Civil Veterinary Dept. Bombay admin report 1907-1913 - 1907-1913
Year: 1907
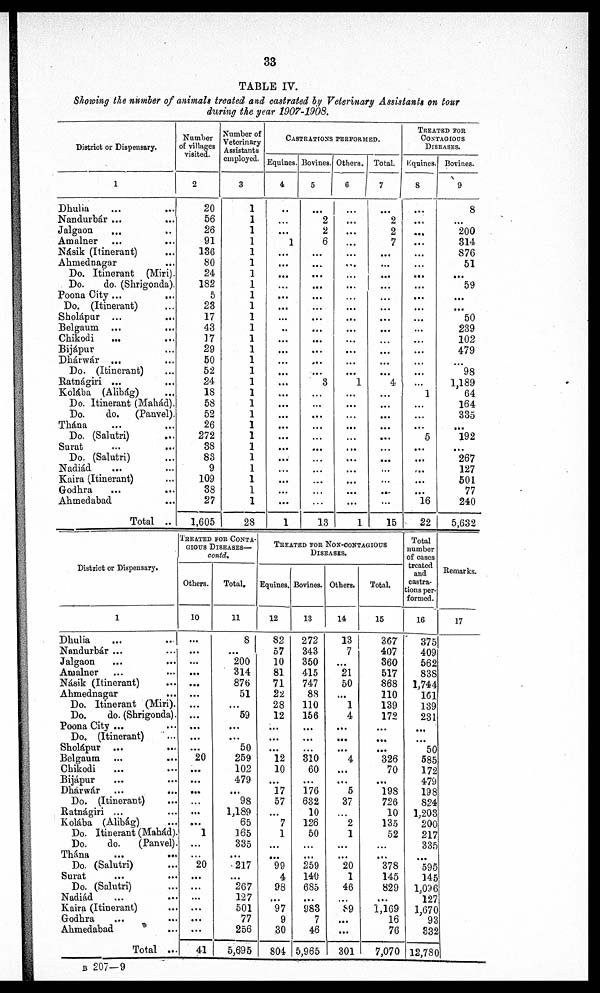
33
TABLE IV.
Showing the number of animals treated and castrated by Veterinary Assistants on tour
during the year 1907-1908.
District or Dispensary.
1
Dhulia ... ...
Nandurbár ... ...
Jalgaon ... ...
Amalner ... ...
Násik (Itinerant) ...
Ahmednagar
Do. Itinerant (Miri).
Do.
do. (Shrigonda).
Poona City ...
Do. (Itinerant)
Sholapur
Belgaum ...
...
Chikodi
... ...
Bijápur ...
Dhárwár ... ...
Do. (Itinerant)
Ratnágiri ...
Kolába (Alibág) ...
Do. Itinerant (Mahád).
Do.
do.
(Panvel).
Thána ... ...
Do. (Salutri) ...
Surat ... ...
Do. (Salutri) ...
Nadiád
... ...
Kaira (Itinerant)
Godhra
...
...
Ahmedabad ...
Total ...
Number
of villages
visited.
2
20
56
26
91
136
80
24
182
5
23
17
43
17
29
50
52
24
18
58
52
26
272
38
83
9
109
38
27
1,605
Number of
Veterinary
Assistants
employed.
3
1
1
1
1
1
1
1
1
1
1
1
1
1
1
1
1
1
1
1
1
1
1
1
1
1
1
1
1
28
CASTRATIONS PERFORMED.
Equines.
4
...
...
...
1
...
...
...
...
...
...
...
...
...
...
...
...
...
...
...
...
...
...
...
...
...
...
...
...
1
Bovines.
5
...
2
2
6
...
...
...
...
...
...
...
...
...
...
...
...
3
...
...
...
...
...
...
...
...
...
...
13
Others.
6
...
. . .
...
...
...
...
...
...
...
...
...
...
...
...
...
1
...
...
...
...
...
...
...
...
...
...
1
Total.
7
...
2
2
7
...
...
...
...
...
...
...
...
...
...
...
4
...
...
...
...
...
...
...
...
...
...
...
15
TREATED FOR
CONTAGIOUS
DISEASES.
Equines.
8
...
...
...
...
...
...
...
...
...
...
...
...
...
...
...
...
...
1
...
...
...
5
...
...
...
...
...
16
22
Bovines.
9
8
...
200
314
876
51
...
59
...
...
50
239
102
479
...
98
1,189
64
164
335
...
192
...
267
127
501
77
240
5,632
District or Dispensary.
1
Dhulia ... ...
Nandurbár ... ...
Jalgaon ... ...
Amalner ... ...
Násik (Itinerant) ...
Ahmednagar
Do. Itinerant (Miri).
Do.
do. (Shrigonda).
Poona City ...
Do. (Itinerant)
Sholápur ...
...
Belgaum ... ...
Chikodi ... ...
Bijápur ... ...
Dharwár ...
...
Do. (Itinerant)
Ratnágiri ... ...
Kolába (Alibág) ...
Do. Itinerant (Mahád).
Do.
do.
(Panvel).
Thana
...
...
Do. (Salutri) ...
Surat ... ...
Do. (Salutri) ...
Nadiád ... ...
Kaira (Itinerant) ...
Godhra ... ...
Abmedabad ... ...
Total ...
TREATED FOR CONTA-
----- DISEASES—
contd.
Others.
10
...
...
...
...
...
...
...
...
...
...
...
20
...
...
...
...
...
1
...
20
...
...
...
...
...
...
41
Total.
11
8
...
200
314
876
51
...
59
...
...
50
259
102
479
...
98
1,189
65
165
335
...
217
...
267
127
501
77
256
5,695
TREATED FOR NON-CONTAGIOUS
DISEASES.
Equines.
12
82
57
10
81
71
22
28
12
...
...
...
12
10
...
17
57
...
7
1
...
...
99
4
98
...
97
9
30
804
Bovines.
13
272
343
350
415
747
88
110
156
...
...
...
310
60
...
176
632
10
126
50
...
...
259
140
685
...
983
7
46
5,965
Others.
14
13
7
...
21
50
...
1
4
...
...
...
4
...
...
5
37
...
2
1
...
...
20
1
46
...
89
...
...
301
Total.
15
367
407
360
517
868
110
139
172
...
...
...
326
70
...
198
726
10
135
52
...
...
378
145
829
...
1,169
16
76
7,070
Total
number
of cases
treated
and
castra-
tions per-
formed.
16
375
409
562
838
1,744
161
139
231
...
...
50
585
172
479
198
824
1,203
200
217
335
...
595
145
1,096
127
1,670
93
332
12.780
Remarks.
17
B 207-9